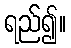
ရည်၍။